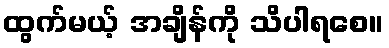
ထွက်မယ့် အချိန်ကို သိပါရစေ။